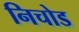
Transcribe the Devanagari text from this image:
निचोड